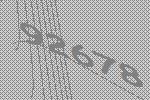
92678